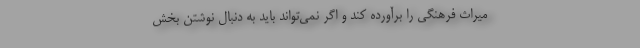
میراث فرهنگی را برآورده کند و اگر نمی‌تواند باید به دنبال نوشتن بخش